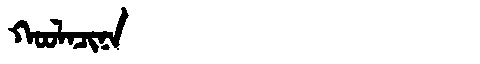
Manchu: ᡴᠣᠣᠯᠠᠴᡳᠨᠠ
Romanization: KOOLACINA